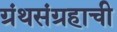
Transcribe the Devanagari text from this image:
ग्रंथसंग्रहाची